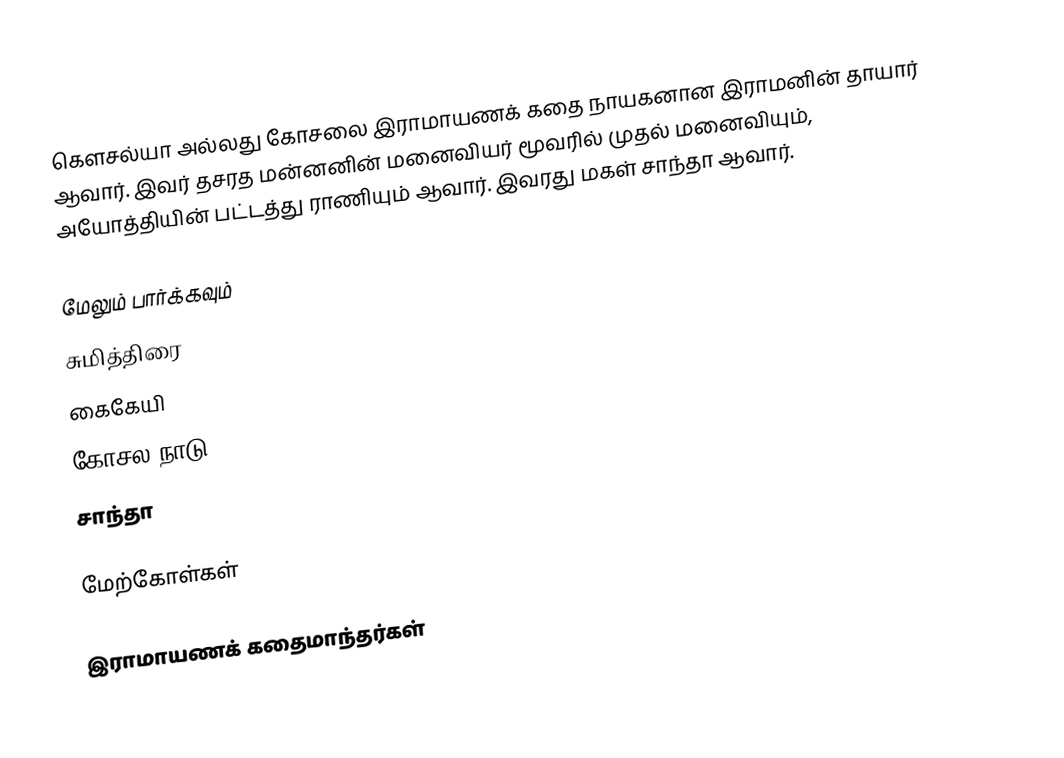
கௌசல்யா அல்லது கோசலை இராமாயணக் கதை நாயகனான இராமனின் தாயார் ஆவார். இவர் தசரத மன்னனின் மனைவியர் மூவரில் முதல் மனைவியும், அயோத்தியின் பட்டத்து ராணியும் ஆவார். இவரது மகள் சாந்தா ஆவார்.

மேலும் பார்க்கவும்
 சுமித்திரை
 கைகேயி
 கோசல நாடு
 சாந்தா

மேற்கோள்கள்

இராமாயணக் கதைமாந்தர்கள்